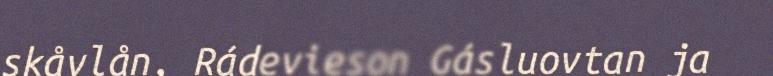
skåvlån, Rádevieson Gásluovtan ja